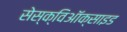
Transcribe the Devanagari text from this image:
सेस्क्विऑक्साइड